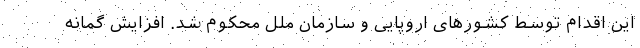
این اقدام توسط کشورهای اروپایی و سازمان ملل محکوم شد. افزایش گمانه